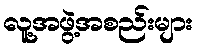
လူ့အဖွဲ့အစည်းများ